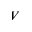
V